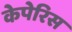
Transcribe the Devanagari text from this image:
केपेरिस